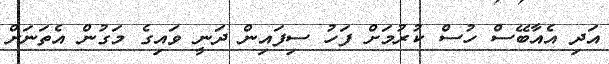
އަދި އެއާބޭސް ހުސް ކުރުމަށް ފަހު ސިފައިން ދަނީ ވައިގެ މަގުން އެތަނަށް